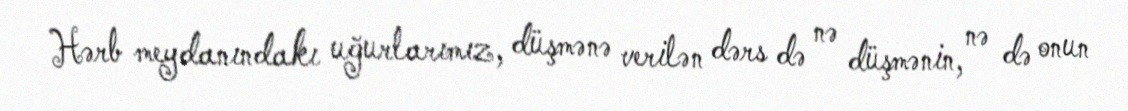
Hərb meydanındakı uğurlarımız, düşmənə verilən dərs də nə düşmənin, nə də onun